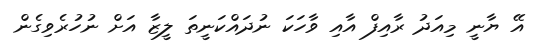
އޭ ޔާނީ މިއަދު ރާއިފް އާއި ވާހަކަ ނުދައްކަނީތަ ލީޒާ އަށް ނުހުރެވިގެން